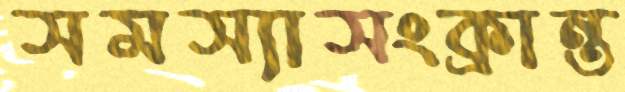
সমস্যাসংক্রান্ত